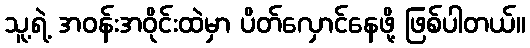
သူ့ရဲ့ အဝန်းအဝိုင်းထဲမှာ ပိတ်လှောင်နေဖို့ ဖြစ်ပါတယ်။